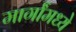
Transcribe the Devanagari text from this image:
मार्गांमध्ये